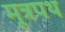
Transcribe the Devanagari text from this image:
मूत्रपथ